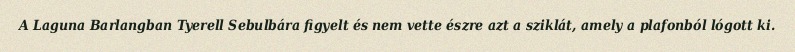
A Laguna Barlangban Tyerell Sebulbára figyelt és nem vette észre azt a sziklát, amely a plafonból lógott ki.